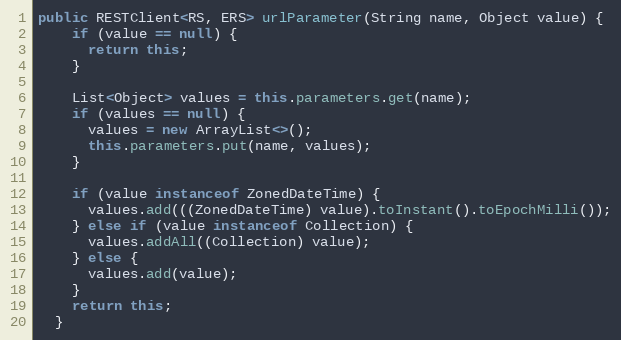
Language: Java
public RESTClient<RS, ERS> urlParameter(String name, Object value) {
    if (value == null) {
      return this;
    }

    List<Object> values = this.parameters.get(name);
    if (values == null) {
      values = new ArrayList<>();
      this.parameters.put(name, values);
    }

    if (value instanceof ZonedDateTime) {
      values.add(((ZonedDateTime) value).toInstant().toEpochMilli());
    } else if (value instanceof Collection) {
      values.addAll((Collection) value);
    } else {
      values.add(value);
    }
    return this;
  }